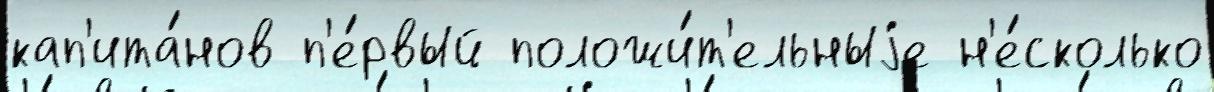
кап'ита́нов п'е́рвый положи́т'ельныjе н'е́сколько